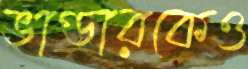
ভাণ্ডারকেও